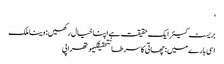
‘
بریسٹ کیئر ایک حقیقت ہے اپنا خیال رکھیں: وینا ملک
اسی بارے میں: چھاتی کا سرطانتحقیقکیموتھراپی